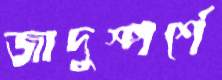
জাদুস্পর্শে